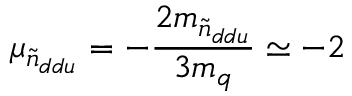
\mu _ { \tilde { n } _ { d d u } } = - { \frac { 2 m _ { \tilde { n } _ { d d u } } } { 3 m _ { q } } } \simeq - 2